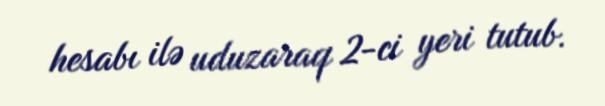
hesabı ilə uduzaraq 2-ci yeri tutub.